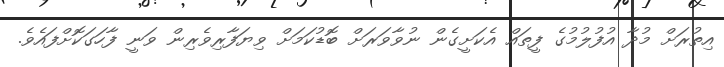
އިތުރަށް މުދާ އުފުލުމުގެ ފީތައް އެކަށީގެން ނުވާވަރަށް ބޮޑުކަމަށް ވިޔަފާރިވެރިން ވަނީ ފާހަގަކޮށްފައެވެ.